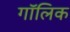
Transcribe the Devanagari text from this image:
गॉलिक